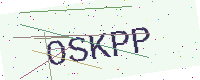
Text: OSKPP